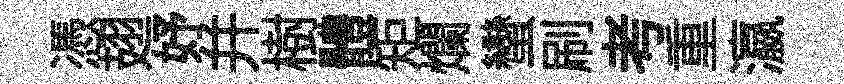
憑翅妤幷樹體矩爛蠻刷考重瀛